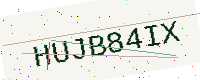
Text: HUJB84IX